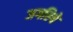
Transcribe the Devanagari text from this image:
जगरिये